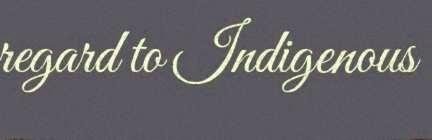
regard to Indigenous